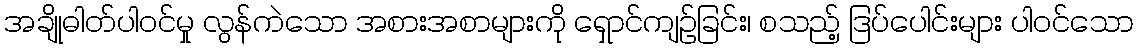
အချိုဓါတ်ပါဝင်မှု လွန်ကဲသော အစားအစာများကို ရှောင်ကျဉ်ခြင်း၊ စသည့် ဒြပ်ပေါင်းများ ပါဝင်သော